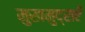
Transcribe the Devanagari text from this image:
मुखमुद्राएँ